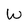
Character: W